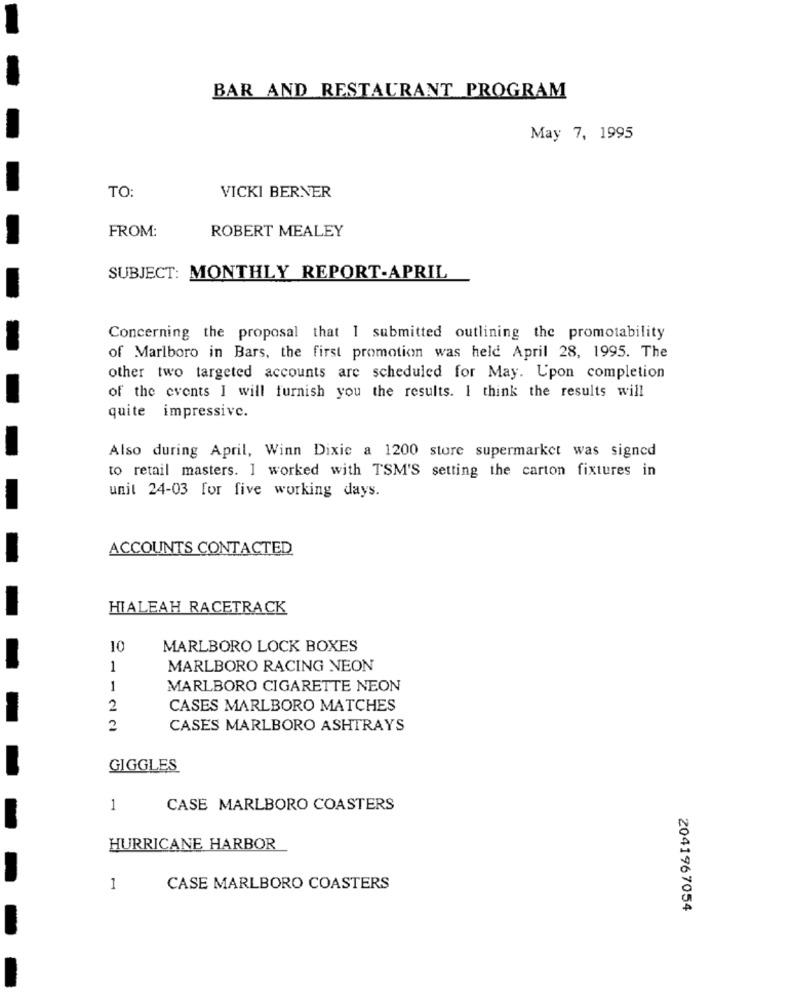
BAR AND RESTAURANT PROGRAM
May 7, 1995
TO:
VICKI BERNER
ROBERT MEALEY
FROM:
SUBJECT: MONTHLY REPORT-APRIL
Concerning the proposal that I submitted outlining the promotability
of Marlboro in Bars, the first promotion was held April 28, 1995. The
other two targeted accounts are scheduled for May. Upon completion
of the events I will furnish you the results. I think the results will
quite impressive.
Also during April, Winn Dixie a 1200 store supermarket was signed
to retail masters. I worked with TSM'S setting the carton fixtures in
unit 24-03 for five working days.
ACCOUNTS CONTACTED
HIALEAH RACETRACK
10
MARLBORO LOCK BOXES
1
MARLBORO RACING NEON
1
MARLBORO CIGARETTE NEON
2
CASES MARLBORO MATCHES
2
CASES MARLBORO ASHTRAYS
GIGGLES
1
CASE MARLBORO COASTERS
HURRICANE HARBOR
1
CASE MARLBORO COASTERS
2041967054